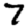
Digit: 7